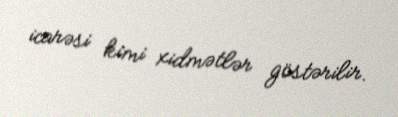
icarəsi kimi xidmətlər göstərilir.